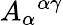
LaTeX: A_{\alpha}{}^{\alpha\gamma}